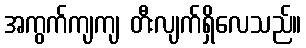
အကွက်ကျကျ တီးလျက်ရှိလေသည်။